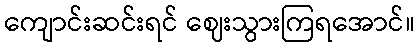
ကျောင်းဆင်းရင် ဈေးသွားကြရအောင်။